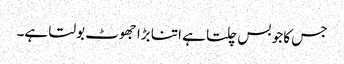
جس کا جو بس چلتا ہے اتنا بڑا جھوٹ بولتا ہے۔